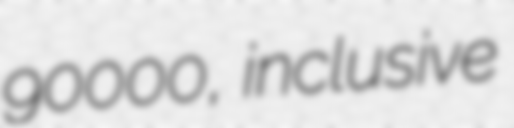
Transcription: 90000, inclusive